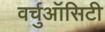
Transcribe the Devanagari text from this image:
वर्चुऑसिटी